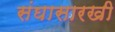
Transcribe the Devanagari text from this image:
संघासारखी